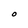
Character: O